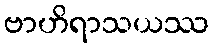
ဗာဟိရာသယဿ